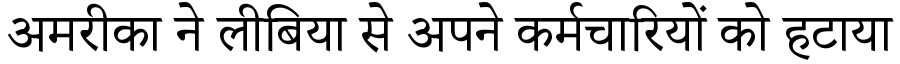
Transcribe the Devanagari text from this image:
अमरीका ने लीबिया से अपने कर्मचारियों को हटाया